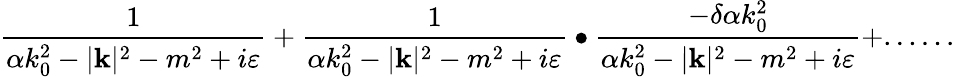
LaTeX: \frac{1}{\alpha k_{0}^{2}-|\mathbf{k}|^{2}-m^{2}+i\varepsilon}+\frac{1}{\alpha k_{0}^{2}-|\mathbf{k}|^{2}-m^{2}+i\varepsilon}\bullet\frac{-\delta\alpha k_{0}^{2}}{\alpha k_{0}^{2}-|\mathbf{k}|^{2}-m^{2}+i\varepsilon}+......